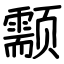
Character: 颥